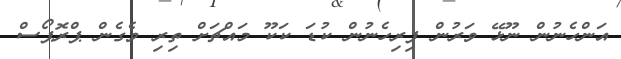
އަންހެނުން ނޫޅޭ ވަރުން ފިރިހެނުން ކުޑަ ކަކޫ މައްޗަށް ތިރި ވެގެން ޕްރޮޕޯސް